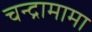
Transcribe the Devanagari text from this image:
चन्द्रामामा